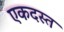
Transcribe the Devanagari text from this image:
एकदस्त